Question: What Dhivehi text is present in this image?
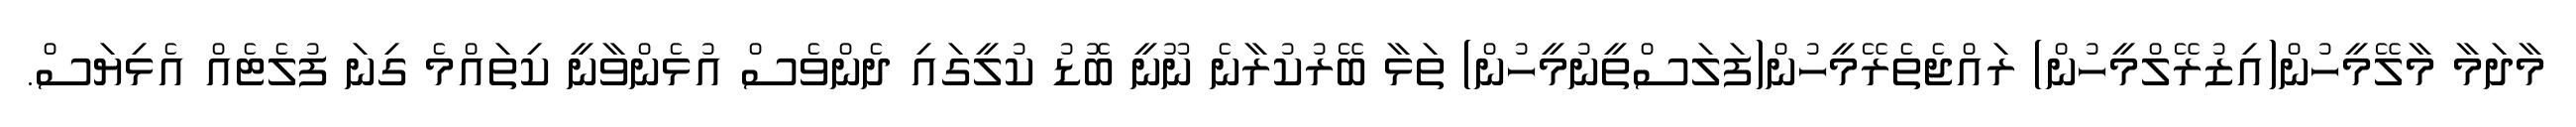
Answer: މާދަމާ މާލޭމީހުން(އިޒުރޭލްމީހުން) ރައްޖެތެރޭމީހުން(ފަލަސްތީނުމީހުން) ތަޅާ ބޭރުކުރާނެ ނޫނީ ބޮޑު ކުލީގައި ދެންވެސް އުޅެންވާނީ ކިތައްމެ ގިނަ ފުލެޓެއް އެޅިޔަސް.